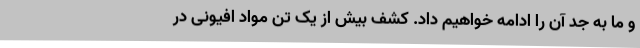
و ما به جد آن را ادامه خواهیم داد. کشف بیش از یک تن مواد افیونی در